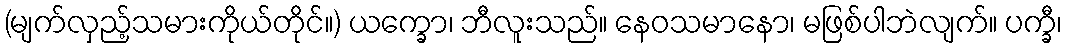
(မျက်လှည့်သမားကိုယ်တိုင်။) ယက္ခော၊ ဘီလူးသည်။ နေဝသမာနော၊ မဖြစ်ပါဘဲလျက်။ ပက္ခီ၊